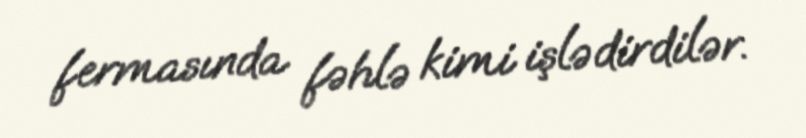
fermasında fəhlə kimi işlədirdilər.